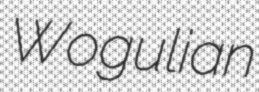
Wogulian